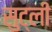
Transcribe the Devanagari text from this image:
सुट्ली